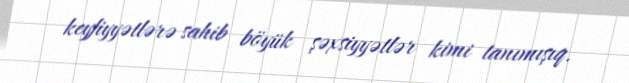
keyfiyyətlərə sahib böyük şəxsiyyətlər kimi tanımışıq.